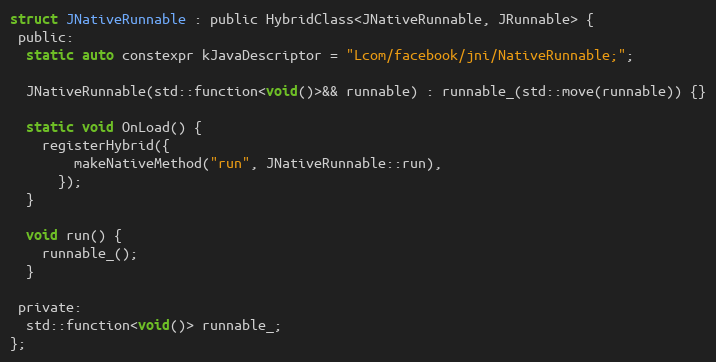
Language: C
struct JNativeRunnable : public HybridClass<JNativeRunnable, JRunnable> {
 public:
  static auto constexpr kJavaDescriptor = "Lcom/facebook/jni/NativeRunnable;";

  JNativeRunnable(std::function<void()>&& runnable) : runnable_(std::move(runnable)) {}

  static void OnLoad() {
    registerHybrid({
        makeNativeMethod("run", JNativeRunnable::run),
      });
  }

  void run() {
    runnable_();
  }

 private:
  std::function<void()> runnable_;
};